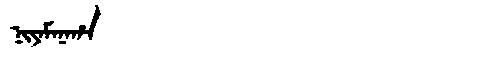
Manchu: ᠨᡳᠶᠠᠮᠠᠨᠠᡥᠠ
Romanization: NIYAMANAHA